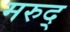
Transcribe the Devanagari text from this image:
मरुद्